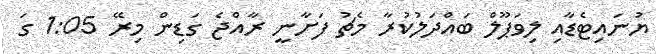
ޔުނައިޓެޑާއި ލިވަޕޫލް ބައްދަލުކުރާ މެޗު ފަށާނީ ރާއްޖެ ގަޑިން މިރޭ 1:05 ގަ